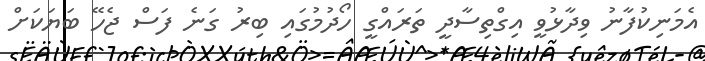
އެމަނިކުފާނު ވިދާޅުވީ އިގްތިސާދީ ތަރައްގީ ހޯދުމުގައި ބިރު ގަނެ ފަސް ޖެހޭ ބަޔަކަށް